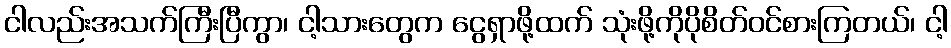
ငါလည်းအသက်ကြီးပြီကွာ၊ ငါ့သားတွေက ငွေရှာဖို့ထက် သုံးဖို့ကိုပိုစိတ်ဝင်စားကြတယ်၊ ငါ့